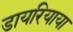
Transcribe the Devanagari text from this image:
डायरियाया